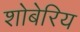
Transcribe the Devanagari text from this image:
शोबेरिय